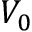
V _ { 0 }